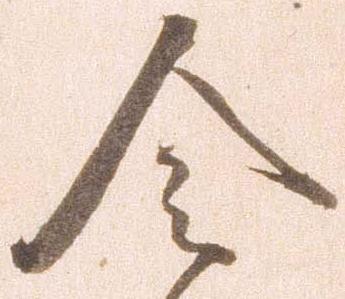
令